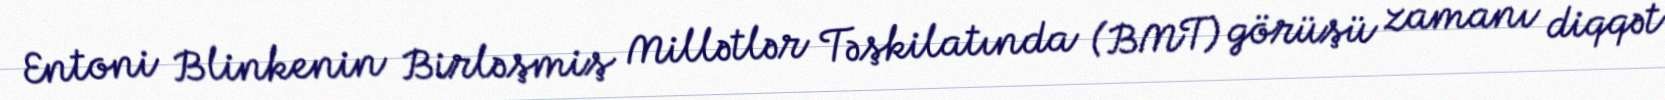
Entoni Blinkenin Birləşmiş Millətlər Təşkilatında (BMT) görüşü zamanı diqqət